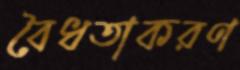
বৈধতাকরণ